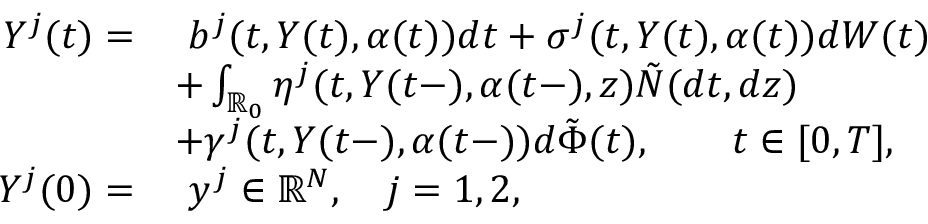
\begin{array} { r l } { Y ^ { j } ( t ) = } & { \ b ^ { j } ( t , Y ( t ) , \alpha ( t ) ) d t + \sigma ^ { j } ( t , Y ( t ) , \alpha ( t ) ) d W ( t ) } \\ & { + \int _ { \mathbb { R } _ { 0 } } \eta ^ { j } ( t , Y ( t - ) , \alpha ( t - ) , z ) \tilde { N } ( d t , d z ) } \\ & { + \gamma ^ { j } ( t , Y ( t - ) , \alpha ( t - ) ) d \tilde { \Phi } ( t ) , \qquad t \in [ 0 , T ] , } \\ { Y ^ { j } ( 0 ) = } & { \ y ^ { j } \in \mathbb { R } ^ { N } , \quad j = 1 , 2 , } \end{array}